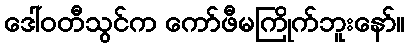
ဒေါ်ဝတီသွင်က ကော်ဖီမကြိုက်ဘူးနော်။